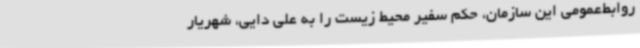
روابط‌عمومی این سازمان، حکم سفیر محیط زیست را به علی دایی، شهریار